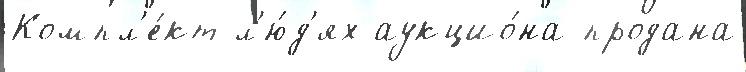
Компл'е́кт л'ю́д'ях аукцио́на продана